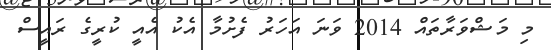
މި މަޝްވަރާތައް 2014 ވަނަ އަހަރު ފެށުމާ އެކު އެއީ ކުރީގެ ރައީސް